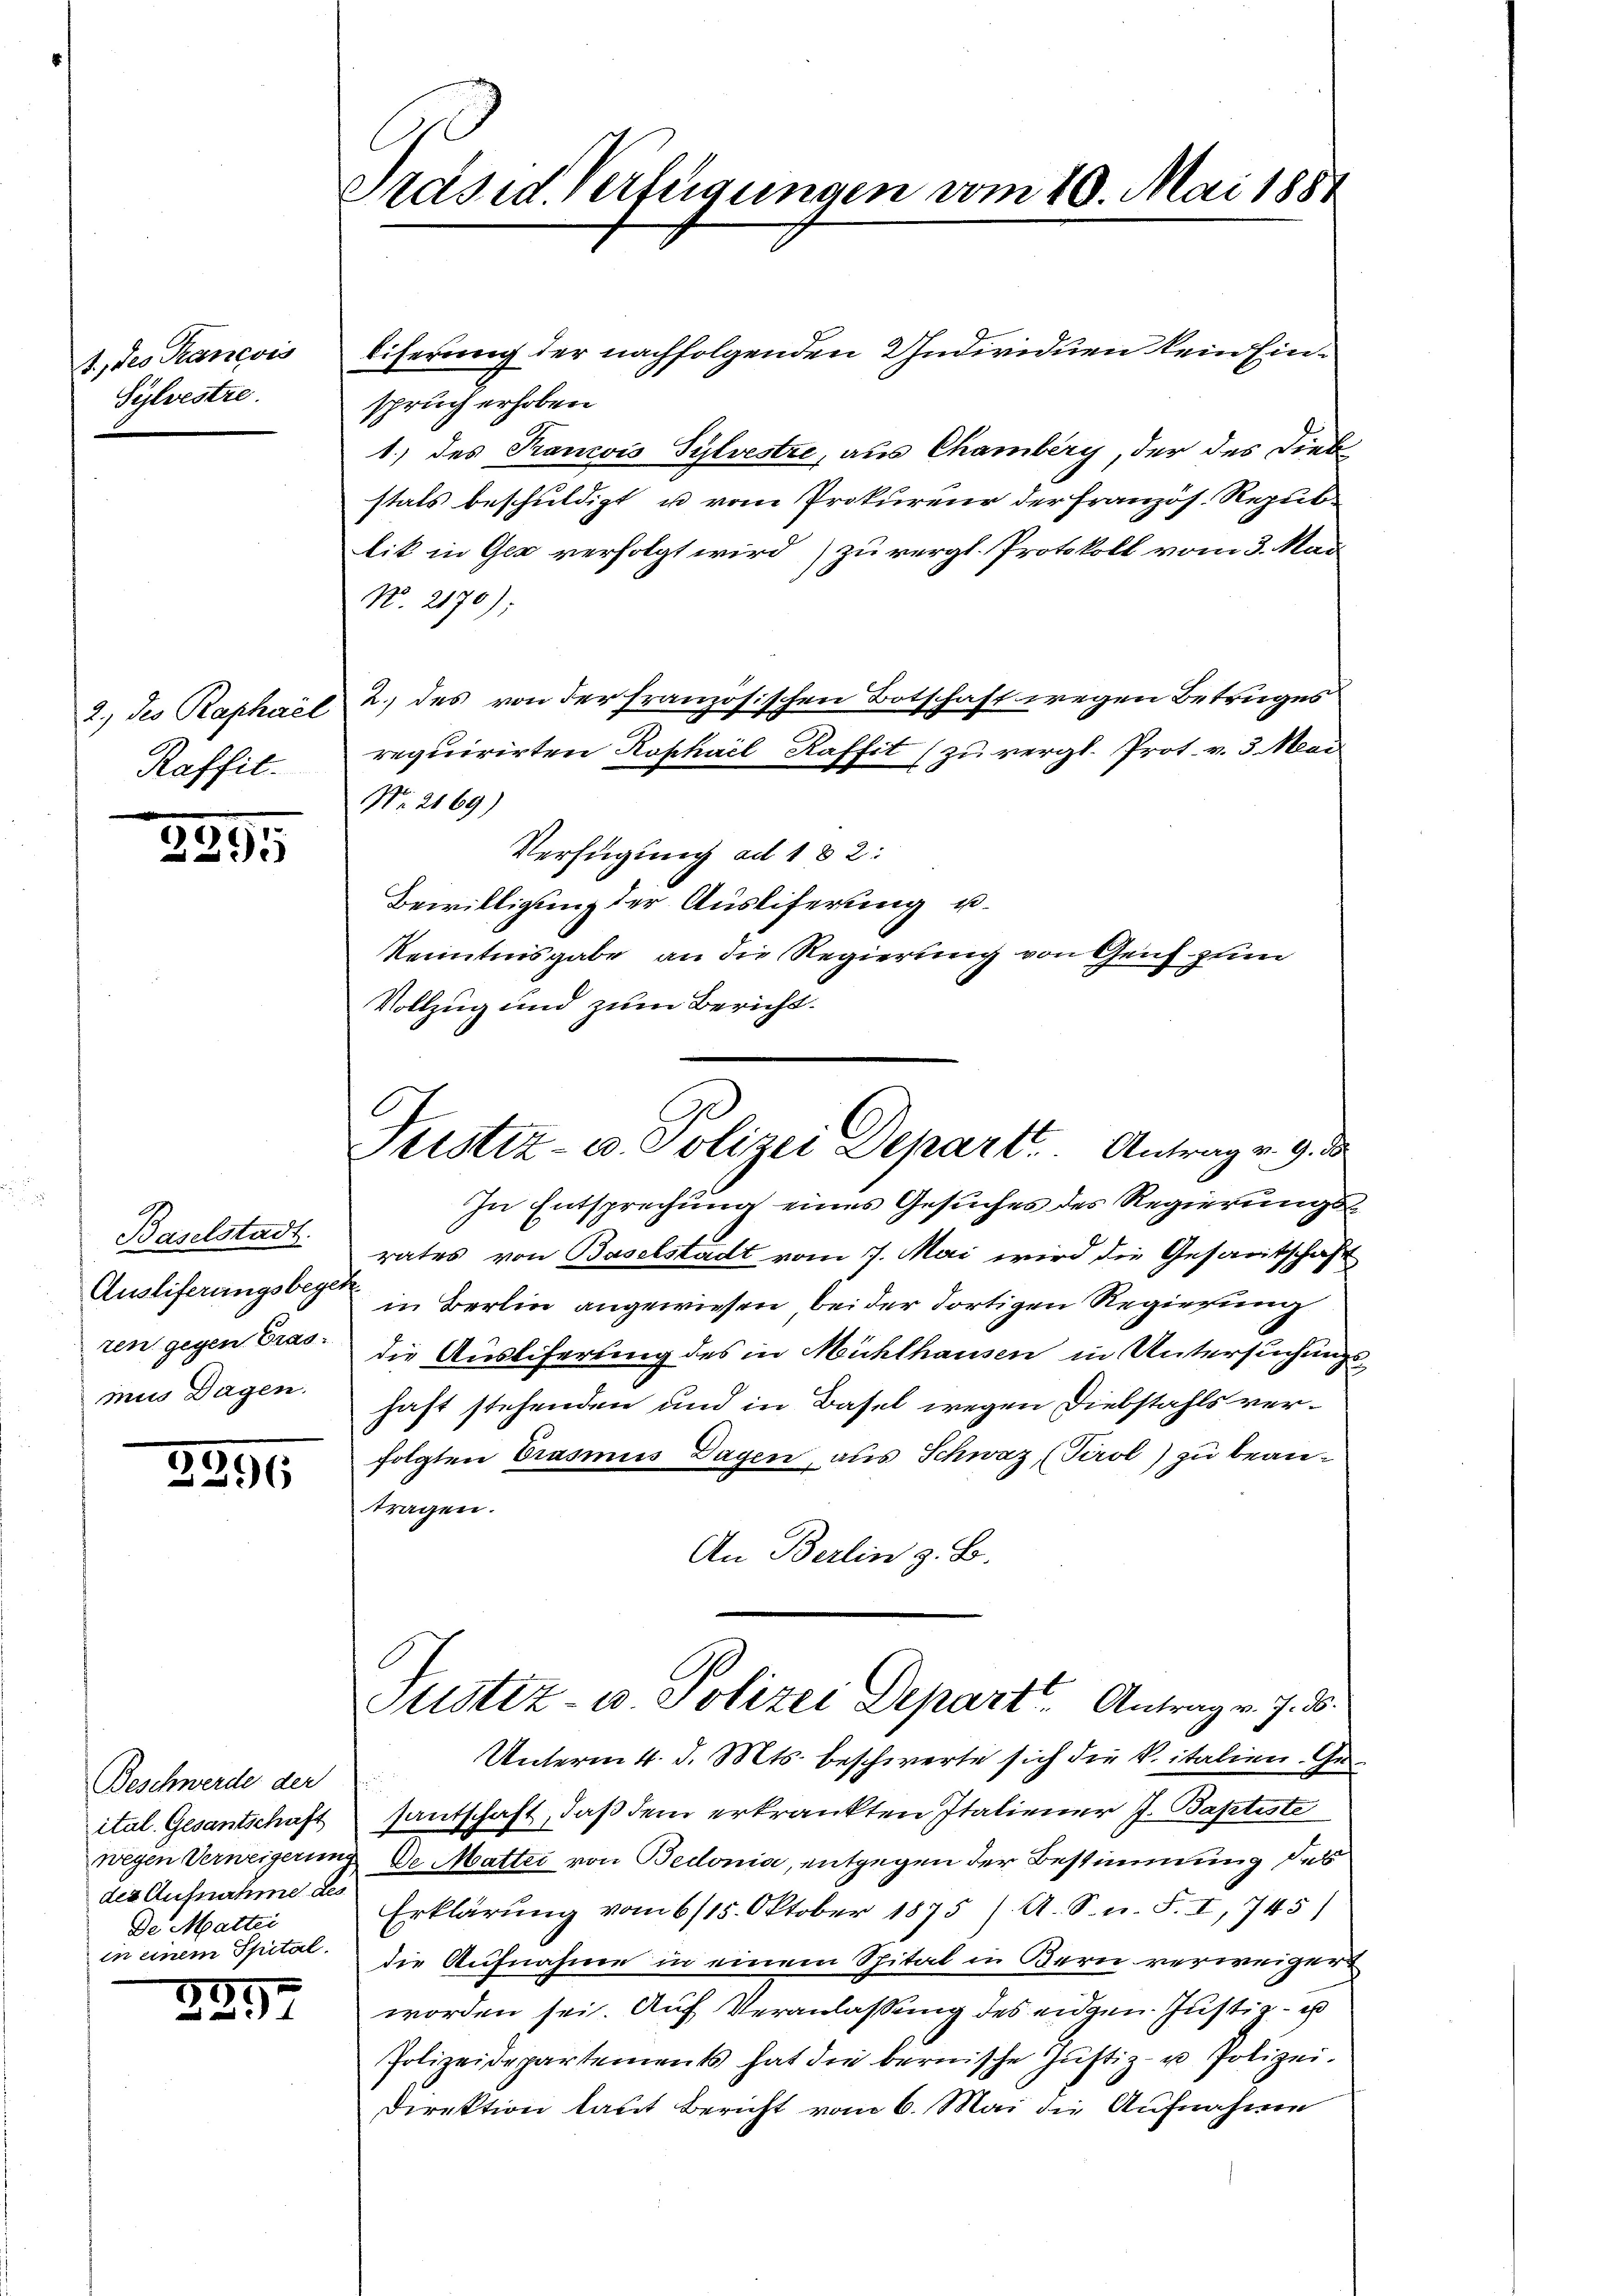
A., des Prancois
Sylvestre.

2) des Raphael
Raffil.

2895

Baselstadt.
Ausliferungsbege
ren gegen Gras.
mus Dagen.

2391

Beschwerde der
ital. Gesantschaft
der Aufnahme des
De Mattei
in einem Spital.

r

50

3

Präsid. Verfügungen vom 10. Mai 1887

.

liferung der nachfolgenden Individuen kein Einspruch erhoben
1.) des Pancois Sylvestre, aus Chamberg, der des Diebstals beschuldigt u vom Prokureur der Französ. Republik in Ges verfolgt wird) zu vergl. Protokoll vom 3. Mai
N. 2170);
2. des von der französischen Botschaft wegen Betruges
requirirten Kophail Kaffit (zu vergl. Prot. v. 3. Mai
No. 2169)
Verfügung ad 182:
Bewilligung der Ausliferung u.
Kenntnisgabe an die Regierung von Genf zum
Vollzug und zum Bericht.
In Entsprechung eines Gesuches des Regierungsrates von Baselstadt vom 7. Mai wird die Gesamtschaft
¬
in Berlin angewiesen bei der dortigen Regierung
die Ausliferung des in Mühlhausen in Untersuchung
haft stehenden und in Basel wegen Diebstahls verfolgten Trasmus Dagen, aus Schweiz (Tirol) zu beantragen.
An Berlin z. B.
Justiz- u. Polizei Depart. Antrag v. J. B.
Unterm 4. d. Mts. beschwerte sich die Vitalien. Gesantschaft, daß dem erkränkten Italiener J. Baptiste
wegen Verweigerung De Matter von Bedonia, entgegen der Bestimmung des
Erklärung vom 6/15. Oktober 1875 /. A. S. n. F. I, 745)
die Aufnahme in einem Spital in Bern verweiger
worden sei. Auf Veranlassung des eidgen. Justiz - es
Polizeidepartements hat die bernische Justiz- u Polizei.
Direktion laut Bericht vom 6. Mai die Aufnahme

Justiz- u. Polizei Depart. Antrag v. 9. ds